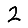
Digit: 2